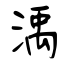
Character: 渪